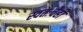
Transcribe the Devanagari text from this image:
स्वतःचेही